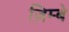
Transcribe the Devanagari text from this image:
ज़िम्बे